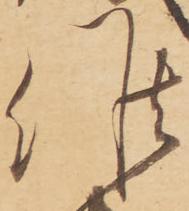
候